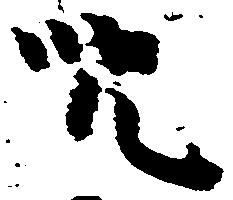
呪